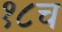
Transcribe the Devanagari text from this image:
१८च